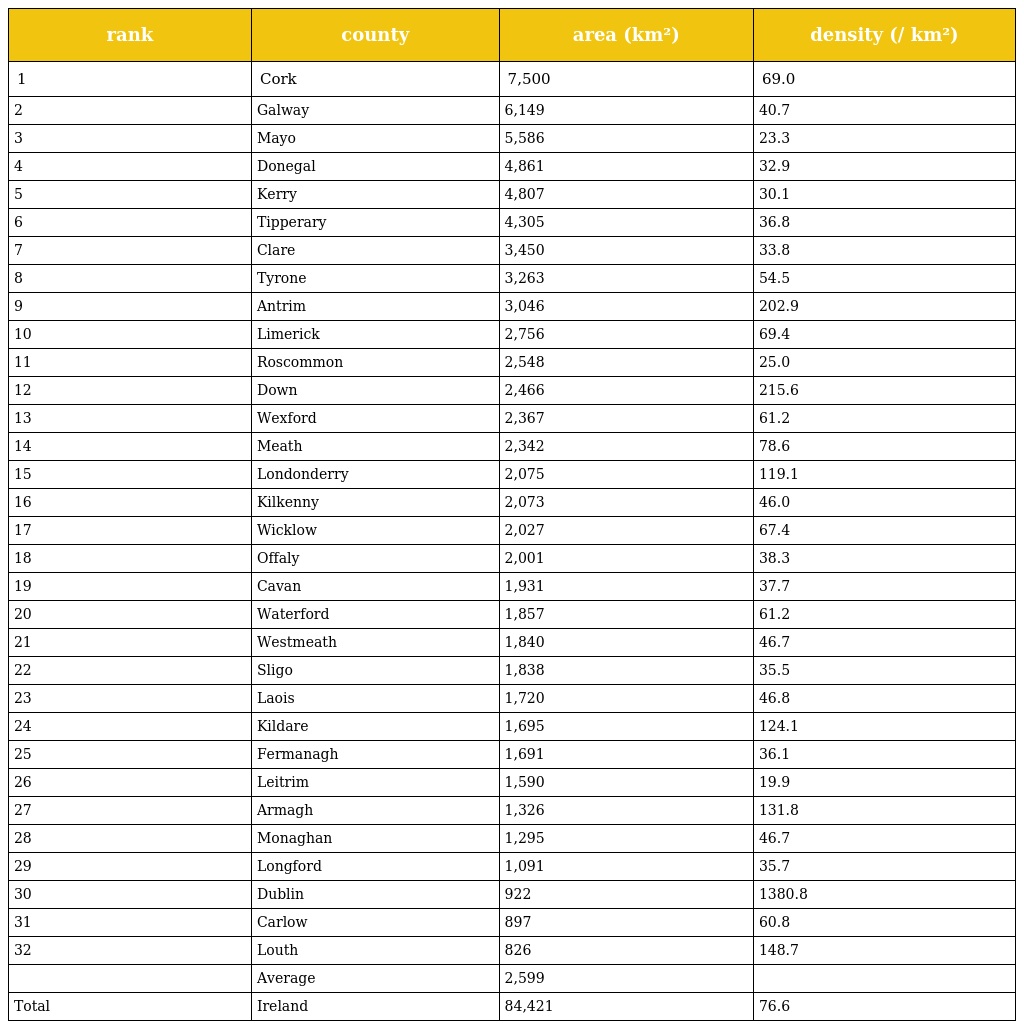
| rank | county | area (km²) | density (/ km²) |
 | --- | --- | --- | --- |
 | 1 | Cork | 7,500 | 69.0 |
 | 2 | Galway | 6,149 | 40.7 |
 | 3 | Mayo | 5,586 | 23.3 |
 | 4 | Donegal | 4,861 | 32.9 |
 | 5 | Kerry | 4,807 | 30.1 |
 | 6 | Tipperary | 4,305 | 36.8 |
 | 7 | Clare | 3,450 | 33.8 |
 | 8 | Tyrone | 3,263 | 54.5 |
 | 9 | Antrim | 3,046 | 202.9 |
 | 10 | Limerick | 2,756 | 69.4 |
 | 11 | Roscommon | 2,548 | 25.0 |
 | 12 | Down | 2,466 | 215.6 |
 | 13 | Wexford | 2,367 | 61.2 |
 | 14 | Meath | 2,342 | 78.6 |
 | 15 | Londonderry | 2,075 | 119.1 |
 | 16 | Kilkenny | 2,073 | 46.0 |
 | 17 | Wicklow | 2,027 | 67.4 |
 | 18 | Offaly | 2,001 | 38.3 |
 | 19 | Cavan | 1,931 | 37.7 |
 | 20 | Waterford | 1,857 | 61.2 |
 | 21 | Westmeath | 1,840 | 46.7 |
 | 22 | Sligo | 1,838 | 35.5 |
 | 23 | Laois | 1,720 | 46.8 |
 | 24 | Kildare | 1,695 | 124.1 |
 | 25 | Fermanagh | 1,691 | 36.1 |
 | 26 | Leitrim | 1,590 | 19.9 |
 | 27 | Armagh | 1,326 | 131.8 |
 | 28 | Monaghan | 1,295 | 46.7 |
 | 29 | Longford | 1,091 | 35.7 |
 | 30 | Dublin | 922 | 1380.8 |
 | 31 | Carlow | 897 | 60.8 |
 | 32 | Louth | 826 | 148.7 |
 |  | Average | 2,599 |  |
 | Total | Ireland | 84,421 | 76.6 |